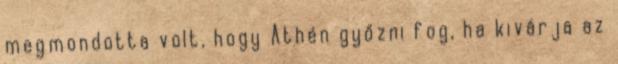
megmondotta volt, hogy Athén győzni fog, ha kivárja az